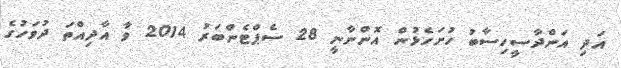
އަދި އަންދާސީހިސާބު ހުށަހެޅުން އޮންނާނީ 28 ސެޕްޓެންބަރު 2014 ވާ އާދިއްތަ ދުވަހުގެ